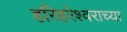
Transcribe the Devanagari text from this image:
हरिहरेश्वराच्या